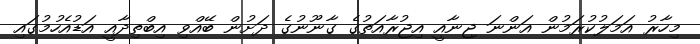
މިހާރު އަމަލުކުރަމުން އަންނަ ޖިނާއީ އިޖުރާއަތުގެ ގާނޫނުގެ ދަށުން ބޭއްވި އިބްތިދާއީ އަޑުއެހުމުގައި